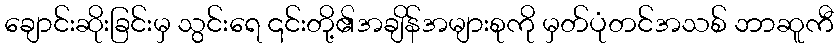
ချောင်းဆိုးခြင်းမှ သွင်းရေ ၎င်းတို့၏အချိန်အများစုကို မှတ်ပုံတင်အသစ် ဘာဆူကီ